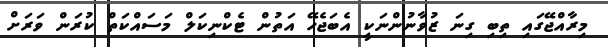
މިރާއްޖޭގައި ތިބި ގިނަ ޒުވާނުންނަކީ އެބަޖެހޭ އަތުން ޓެކްނިކަލް މަސައްކަތް ކުރަން ވަރަށް